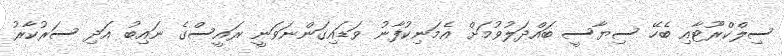
ސިލްކްރޫޓާއި ބެހޭ ސިޔާސީ ބައްދަލުވުމަށް އެމަނިކުފާނު ވަޑައިގަންނަވަނީ ރައީސްގެ ނައިބު އަދި ސަރުކާރު